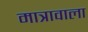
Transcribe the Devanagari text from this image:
मात्रावाला